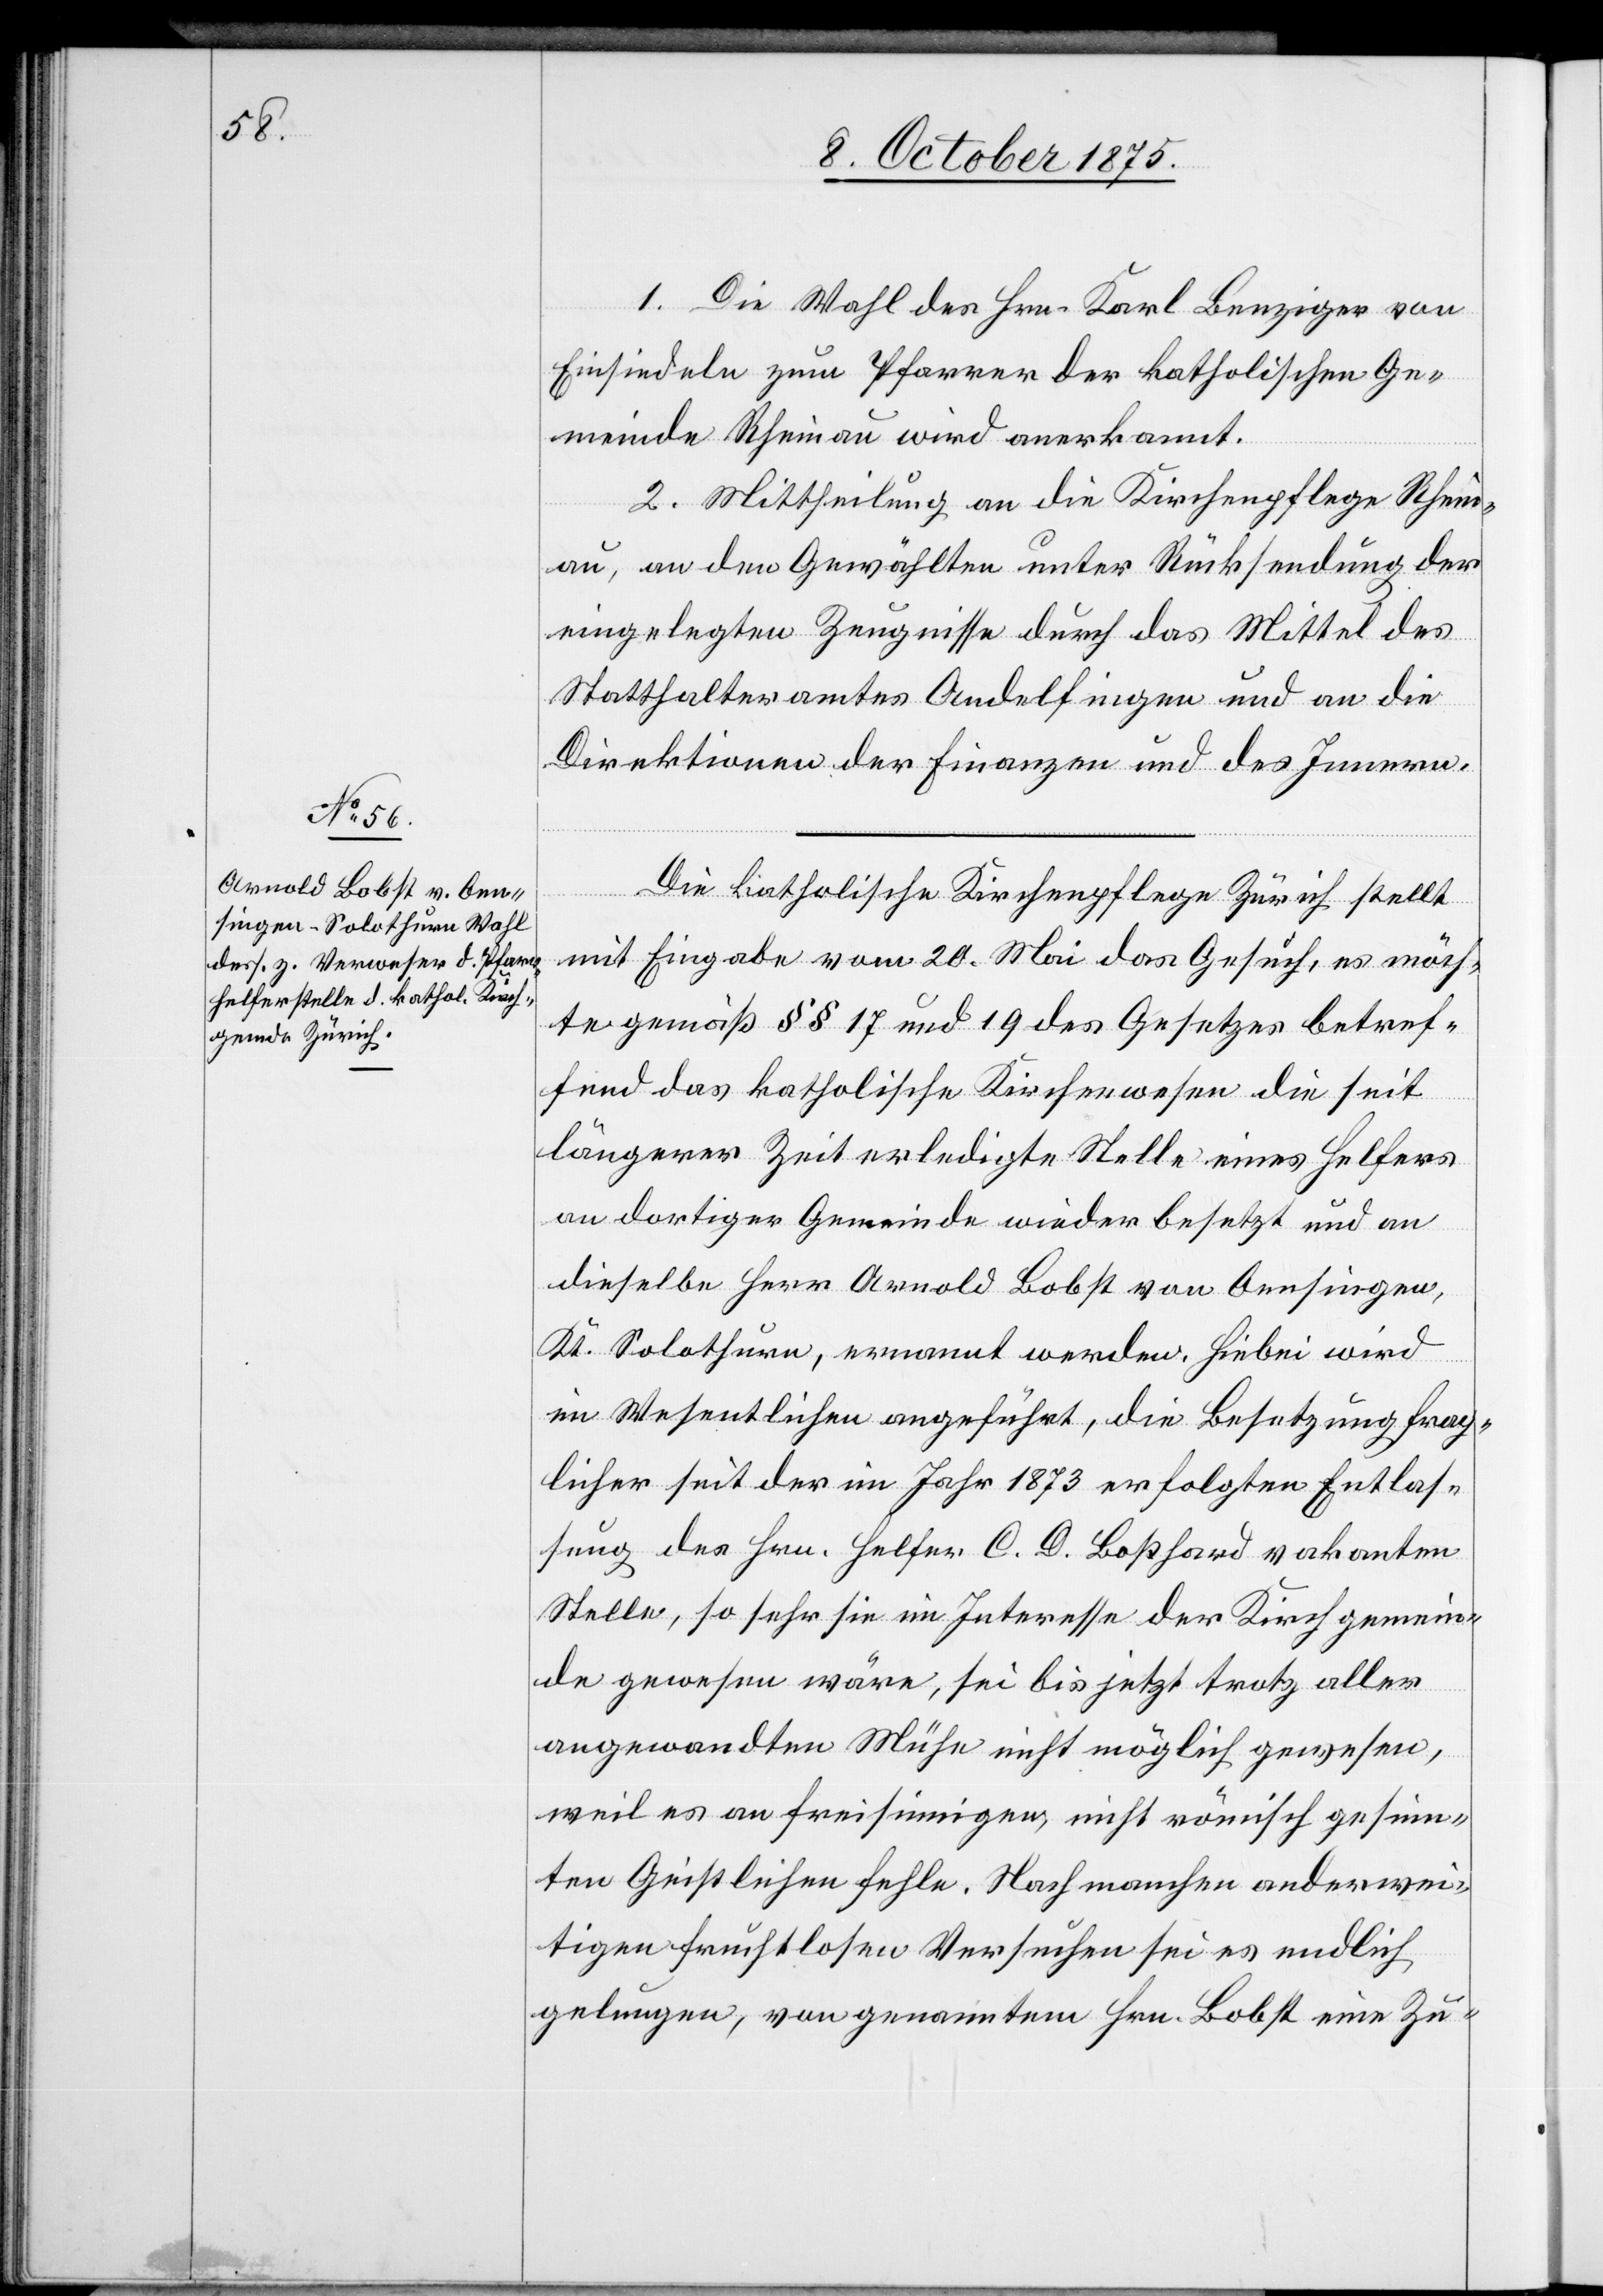
1. Die Wahl des Hrn. Karl Benziger von
Einsiedeln zum Pfarrer der katholischen Ge¬
meinde Rheinau wird anerkannt.
2. Mittheilung an die Kirchenpflege Rhein¬
au, an den Gewählten unter Rücksendung der
eingelegten Zeugnisse durch das Mittel des
Statthalteramtes Andelfingen und an die
Direktionen der Finanzen und des Innern.
Die katholische Kirchenpflege Zürich stellt
mit Eingabe vom 20. Mai das Gesuch, es möch¬
te gemäß §§ 17 und 19 des Gesetzes betref¬
fend das katholische Kirchenwesen die seit
längerer Zeit erledigte Stelle eines Helfers
an dortiger Gemeinde wieder besetzt und an
dieselbe Herrn Arnold Bobst von Oensingen,
Kt. Solothurn, ernannt werden. Hiebei wird
im Wesentlichen angeführt, die Besetzung frag¬
licher seit der im Jahr 1873 erfolgten Entlas¬
sung des Hrn. Helfer C. D. Boßhard vakanten
Stelle, so sehr sie im Interesse der Kirchgemein¬
de gewesen wäre, sei bis jetzt trotz aller
angewandten Mühe nicht möglich gewesen,
weil es an freisinnigen, nicht römisch gesinn¬
ten Geistlichen fehle. Nach manchen anderwei¬
tigen fruchtlosen Versuchen sei es endlich
gelungen, von genanntem Hrn. Bobst eine Zu-